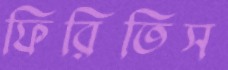
ফিরিতিস